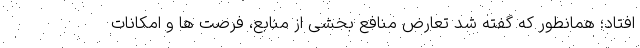
افتاد؛ همانطور که گفته شد تعارض منافع بخشی از منابع، فرصت ها و امکانات